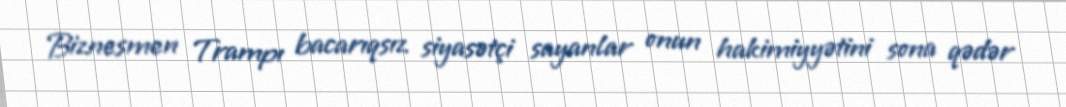
Biznesmen Trampı bacarıqsız siyasətçi sayanlar onun hakimiyyətini sona qədər